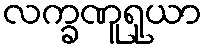
လက္ခဏူရုယာ